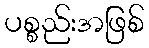
ပစ္စည်းအဖြစ်